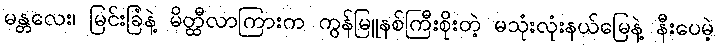
မန္တလေး၊ မြင်းခြံနဲ့ မိတ္ထီလာကြားက ကွန်မြူနစ်ကြီးစိုးတဲ့ မသုံးလုံးနယ်မြေနဲ့ နီးပေမဲ့